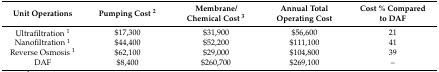
<table><thead><tr><td><b>Unit Operations</b></td><td><b>Pumping Cost <sup>2</sup></b></td><td><b>Membrane/Chemical Cost <sup>3</sup></b></td><td><b>Annual Total Operating Cost</b></td><td><b>Cost % Compared to DAF</b></td></tr></thead><tbody><tr><td>Ultrafiltration <sup>1</sup></td><td>$17,300</td><td>$31,900</td><td>$56,600</td><td>21</td></tr><tr><td>Nanofiltration <sup>1</sup></td><td>$44,400</td><td>$52,200</td><td>$111,100</td><td>41</td></tr><tr><td>Reverse Osmosis <sup>1</sup></td><td>$62,100</td><td>$29,000</td><td>$104,800</td><td>39</td></tr><tr><td>DAF</td><td>$8,400</td><td>$260,700</td><td>$269,100</td><td>–</td></tr></tbody></table>